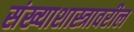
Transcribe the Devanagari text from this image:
संख्याशास्त्रावरील